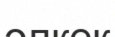
әлкек